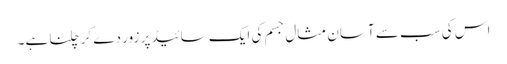
اس کی سب سے آسان مثال جسم کی ایک سائیڈ پر زور دے کر چلنا ہے۔